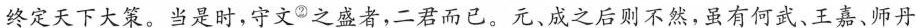
终定天下大策。当是时，守文 ^{②}之盛者，二君而已。元、成之后则不然，虽有何武、王嘉、师丹